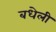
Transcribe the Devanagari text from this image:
बधेली